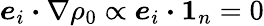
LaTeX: \boldsymbol{e}_{i}\boldsymbol{\cdot}\nabla\rho_{0}\propto\boldsymbol{e}_{i}\boldsymbol{\cdot}\boldsymbol{1}_{n}=0